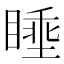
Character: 𪾶